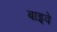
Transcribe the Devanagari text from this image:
बाइवे